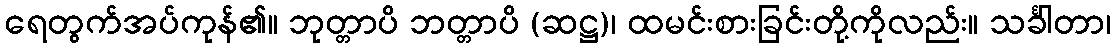
ရေတွက်အပ်ကုန်၏။ ဘုတ္တာပိ ဘတ္တာပိ (ဆဋ္ဌ)၊ ထမင်းစားခြင်းတို့ကိုလည်း။ သင်္ခါတာ၊